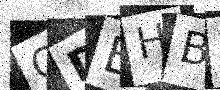
Text: QDEHBX